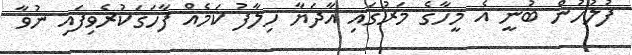
ފުލުހުން ބުނީ އެ މީހާގެ މަރުގައި އާދަޔާ ހިލާފު ކަމެއް ފާހަގަކުރެވިފައި ނުވާ